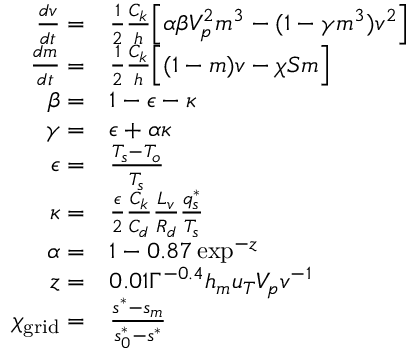
\begin{array} { r l } { \frac { d v } { d t } = } & { \frac { 1 } { 2 } \frac { C _ { k } } { h } \Big [ \alpha \beta V _ { p } ^ { 2 } m ^ { 3 } - ( 1 - \gamma m ^ { 3 } ) v ^ { 2 } \Big ] } \\ { \frac { d m } { d t } = } & { \frac { 1 } { 2 } \frac { C _ { k } } { h } \Big [ ( 1 - m ) v - \chi S m \Big ] } \\ { \beta = } & { 1 - \epsilon - \kappa } \\ { \gamma = } & { \epsilon + \alpha \kappa } \\ { \epsilon = } & { \frac { T _ { s } - T _ { o } } { T _ { s } } } \\ { \kappa = } & { \frac { \epsilon } { 2 } \frac { C _ { k } } { C _ { d } } \frac { L _ { v } } { R _ { d } } \frac { q _ { s } ^ { * } } { T _ { s } } } \\ { \alpha = } & { 1 - 0 . 8 7 \exp ^ { - z } } \\ { z = } & { 0 . 0 1 \Gamma ^ { - 0 . 4 } h _ { m } u _ { T } V _ { p } v ^ { - 1 } } \\ { \chi _ { \mathrm { g r i d } } = } & { \frac { s ^ { * } - s _ { m } } { s _ { 0 } ^ { * } - s ^ { * } } } \end{array}